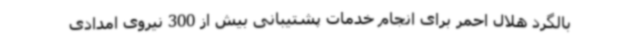
بالگرد هلال احمر برای انجام خدمات پشتیبانی بیش از 300 نیروی امدادی